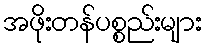
အဖိုးတန်ပစ္စည်းများ